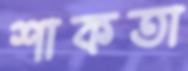
শাকতা